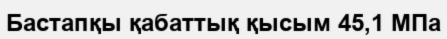
Бастапқы қабаттық қысым 45,1 МПа